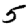
Digit: 5